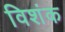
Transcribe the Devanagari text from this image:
विशंक